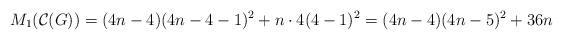
LaTeX: \begin{align*} M_{1}(\mathcal{C}(G))=(4n-4)(4n-4-1)^{2}+n \cdot4(4-1)^{2} = (4n-4)(4n-5)^{2}+36n \end{align*}